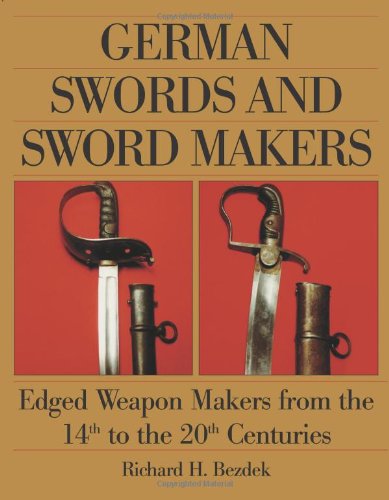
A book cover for German Swords and Sword Makers: Edged Weapon Makers from the 14th to the 20th Centuries; Richard H. Bezdek; Crafts, Hobbies & Home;